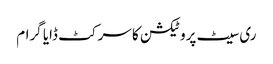
ری سیٹ پروٹیکشن کا سرکٹ ڈایا گرام